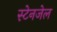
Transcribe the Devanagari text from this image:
स्टेनजेल